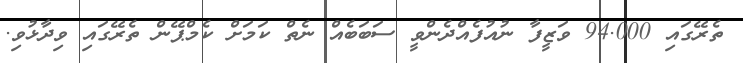
ތެރޭގައި 94.000 ވަޒީފާ ނުއުފެއްދެންވީ ސަބަބެއް ނެތް ކަމަށް ކެމްޕޭން ތެރޭގައި ވިދާޅުވި.